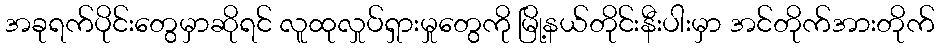
အခုရက်ပိုင်းတွေမှာဆိုရင် လူထုလှုပ်ရှားမှုတွေကို မြို့နယ်တိုင်းနီးပါးမှာ အင်တိုက်အားတိုက်